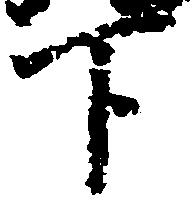
下